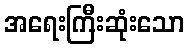
အရေးကြီးဆုံးသော